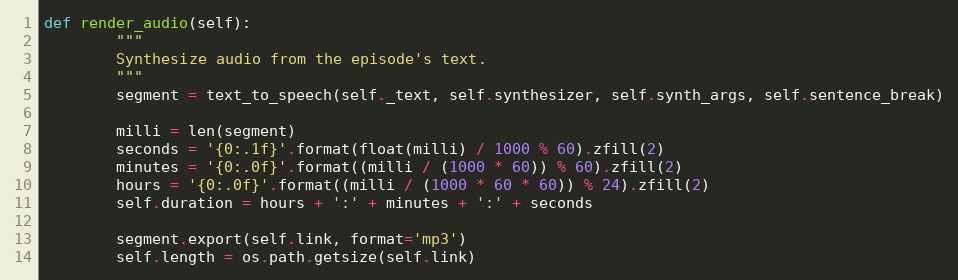
Language: Python
def render_audio(self):
        """
        Synthesize audio from the episode's text.
        """
        segment = text_to_speech(self._text, self.synthesizer, self.synth_args, self.sentence_break)

        milli = len(segment)
        seconds = '{0:.1f}'.format(float(milli) / 1000 % 60).zfill(2)
        minutes = '{0:.0f}'.format((milli / (1000 * 60)) % 60).zfill(2)
        hours = '{0:.0f}'.format((milli / (1000 * 60 * 60)) % 24).zfill(2)
        self.duration = hours + ':' + minutes + ':' + seconds

        segment.export(self.link, format='mp3')
        self.length = os.path.getsize(self.link)